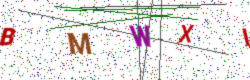
Text: BMWXI